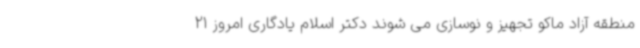
منطقه آزاد ماکو تجهیز و نوسازی می شوند دکتر اسلام یادگاری امروز 21